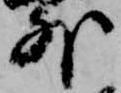
外